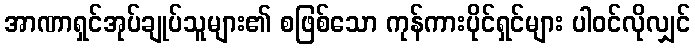
အာဏာရှင်အုပ်ချုပ်သူများ၏ စဖြစ်သော ကုန်ကားပိုင်ရှင်များ ပါဝင်လိုလျှင်